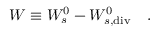
W \equiv W _ { s } ^ { 0 } - W _ { s , \tiny { \mathrm { d i v } } } ^ { 0 } ~ ~ ~ .